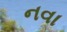
નવા